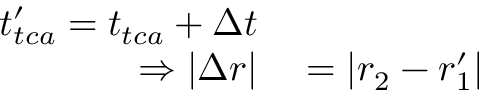
\begin{array} { r l } { t _ { t c a } ^ { \prime } = t _ { t c a } + \Delta t } \\ { \Rightarrow \left| \Delta \boldsymbol { r } \right| } & { { } = \left| \boldsymbol { r } _ { 2 } - \boldsymbol { r } _ { 1 } ^ { \prime } \right| } \end{array}